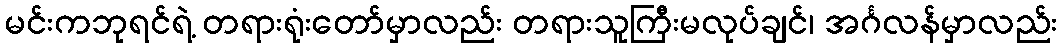
မင်းကဘုရင်ရဲ့ တရားရုံးတော်မှာလည်း တရားသူကြီးမလုပ်ချင်၊ အင်္ဂလန်မှာလည်း